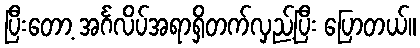
ပြီးတော့ အင်္ဂလိပ်အရာရှိတက်လှည့်ပြီး ပြောတယ်။